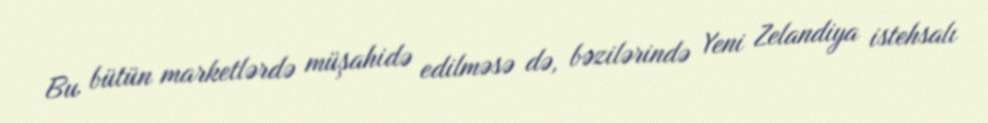
Bu bütün marketlərdə müşahidə edilməsə də, bəzilərində Yeni Zelandiya istehsalı